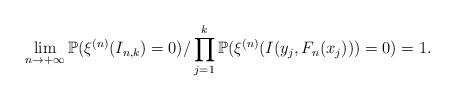
LaTeX: \begin{align*}&\lim_{n\to+\infty}\mathbb{P}(\xi^{(n)}(I_{n,k})=0)/\prod_{j=1}^k\mathbb{P}(\xi^{(n)}(I(y_j, F_n(x_j)))=0)=1.\end{align*}